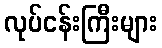
လုပ်ငန်းကြီးများ